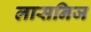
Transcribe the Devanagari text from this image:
लासनिज